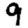
Digit: 9